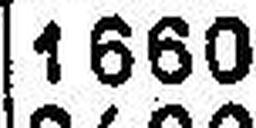
1660